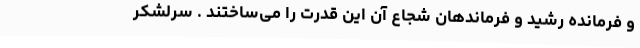
و فرمانده رشید و فرماندهان شجاع آن این قدرت را می‌ساختند . سرلشکر